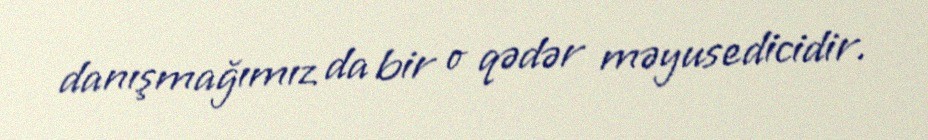
danışmağımız da bir o qədər məyusedicidir.